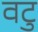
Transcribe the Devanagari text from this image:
वटु